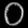
Digit: ၀